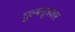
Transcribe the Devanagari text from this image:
शुल्बसूत्रकार